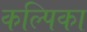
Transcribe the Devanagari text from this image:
कल्पिका